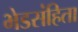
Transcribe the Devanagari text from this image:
भेडसंहिता